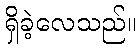
ရှိခဲ့လေသည်။